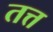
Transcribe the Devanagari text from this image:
तत्त